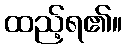
ထည့်ရ၏။